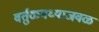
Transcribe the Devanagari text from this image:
वर्तुळमध्याजवळ